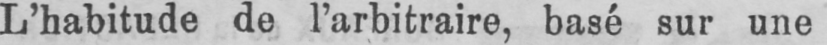
L’habitude de l’arbitraire, basé sur une